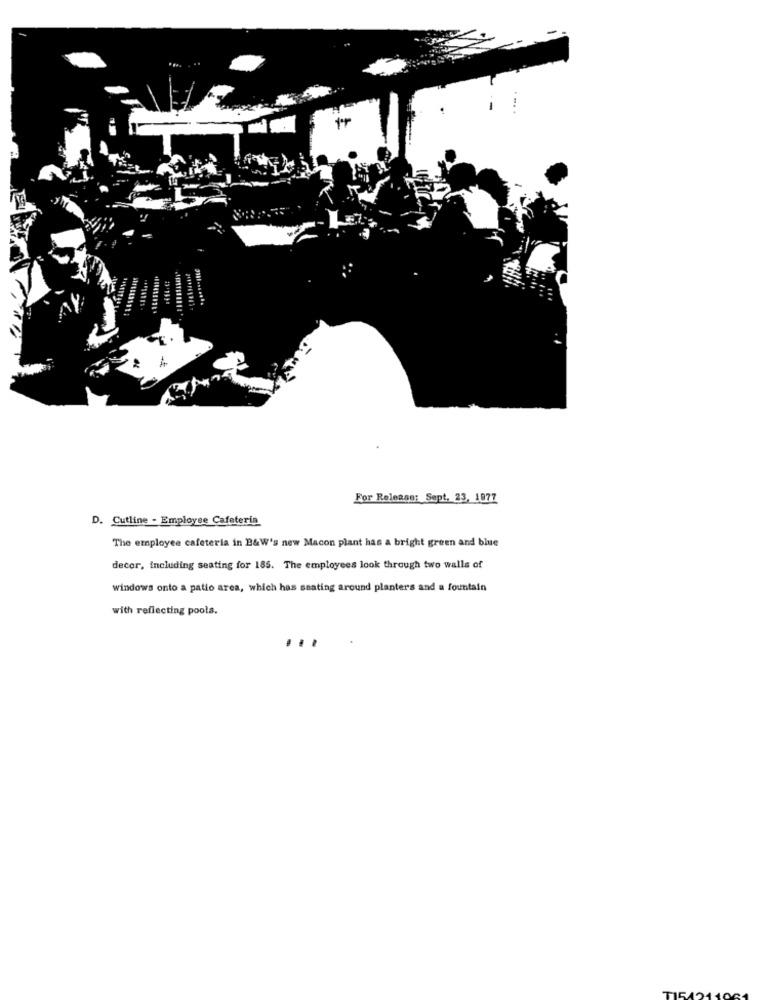
For Release: Sept. 23, 1877
D. Cutline - Employee Cafeteria
The employee cafeteria in B&W's new Macon plant has a bright green and blue
decor, including seating for 185. The employees look through two walls of
windows onto a patio area, which has seating around planters and a fountain
with reflecting pools.
...